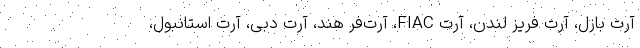
آرت بازل، آرت فریز لندن، آرت FIAC، آرت‌فر هند، آرت دبی، آرت استانبول،